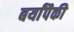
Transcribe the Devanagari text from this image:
बर्यांपैकी